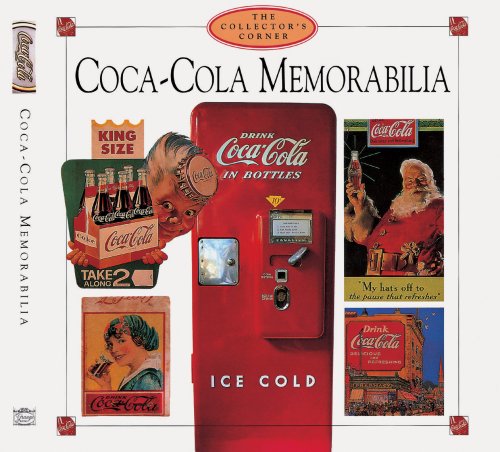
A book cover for Coca-Cola Memorabilia (Collector's Corner); The Editorial Team staff; Crafts, Hobbies & Home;